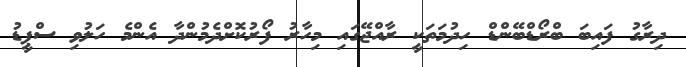
ދިރާގު ފައިބަ ބްރޯޑްބޭންޑް ހިދުމަތަކީ ރާއްޖޭގައި މިހާރު ފޯރުކޮށްދެމުންދާ އެންމެ ހަލުވި ސްޕީޑު